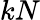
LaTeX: kN